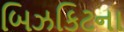
બિઝકિટના